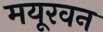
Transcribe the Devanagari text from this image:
मयूरवन